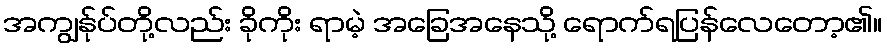
အကျွန်ုပ်တို့လည်း ခိုကိုး ရာမဲ့ အခြေအနေသို့ ရောက်ရပြန်လေတော့၏။